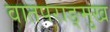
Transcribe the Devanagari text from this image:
वातपराङ्‌मुख